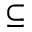
\subseteq